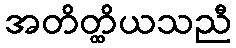
အတိတ္ထိယသညီ